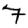
Digit: 7